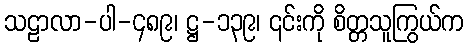
သဠာလာ-ပါ-၄၈၉၊ ဋ္ဌ-၁၃၉၊ ၎င်းကို စိတ္တသူကြွယ်က